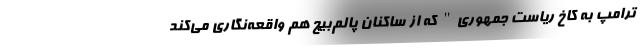
ترامپ به کاخ ریاست جمهوری" که از ساکنان پالم‌بیچ هم واقعه‌نگاری می‌کند